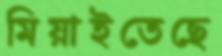
মিয়াইতেছে